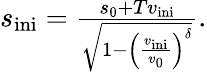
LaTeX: \begin{array}{r}{s_{\mathrm{ini}}=\frac{s_{0}+Tv_{\mathrm{ini}}}{\sqrt{1-\left(\frac{v_{\mathrm{ini}}}{v_{0}}\right)^{\delta}}}.}\end{array}